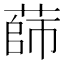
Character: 蒒